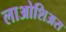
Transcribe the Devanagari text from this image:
लाओशिअस